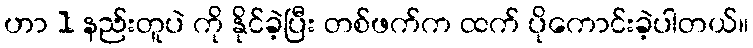
ဟာ 1 နည်းတူပဲ ကို နိုင်ခဲ့ပြီး တစ်ဖက်က ထက် ပိုကောင်းခဲ့ပါတယ်။